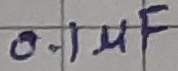
Text: 0.1µF